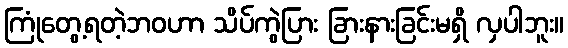
ကြုံတွေ့ရတဲ့ဘဝဟာ သိပ်ကွဲပြား ခြားနားခြင်းမရှိ လှပါဘူး။